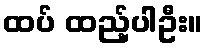
ထပ် ထည့်ပါဦး။